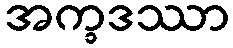
အက္ခဒဿာ